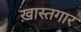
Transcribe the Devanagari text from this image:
ख़ास्तगार